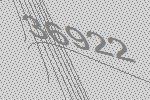
36922